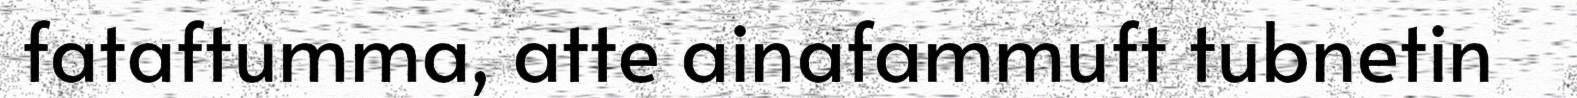
fataftumma, atte ainafammuft tubnetin